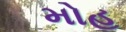
મોહ